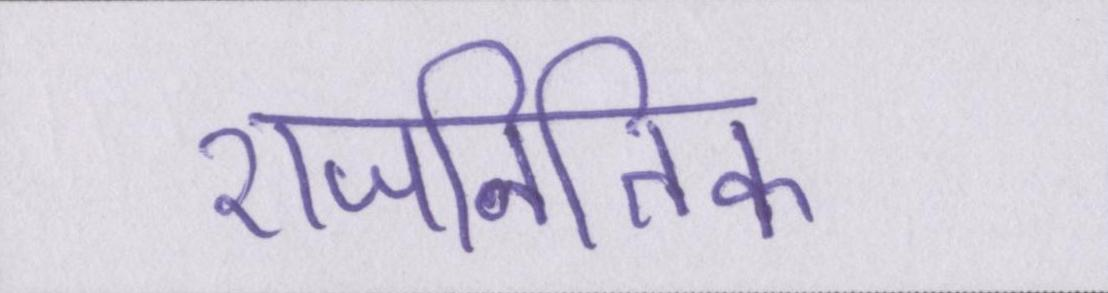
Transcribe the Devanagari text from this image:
राजनितिक